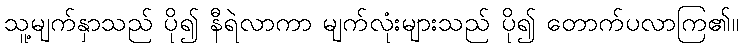
သူ့မျက်နှာသည် ပို၍ နီရဲလာကာ မျက်လုံးများသည် ပို၍ တောက်ပလာကြ၏။